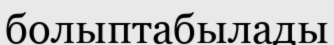
болыптабылады